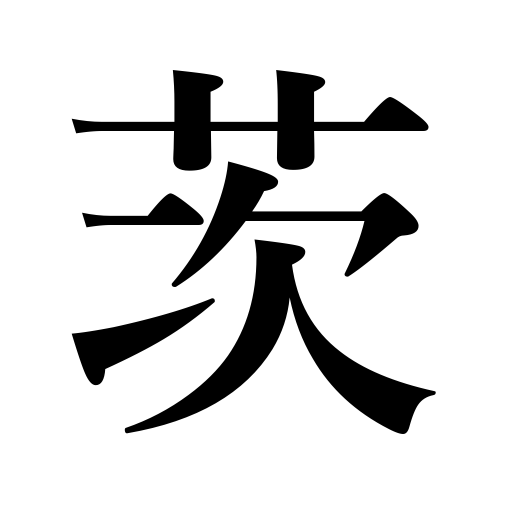
Meanings: brier,thorn